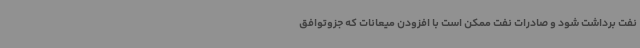
نفت برداشت شود و صادرات نفت ممکن است با افزودن میعانات که جزوتوافق